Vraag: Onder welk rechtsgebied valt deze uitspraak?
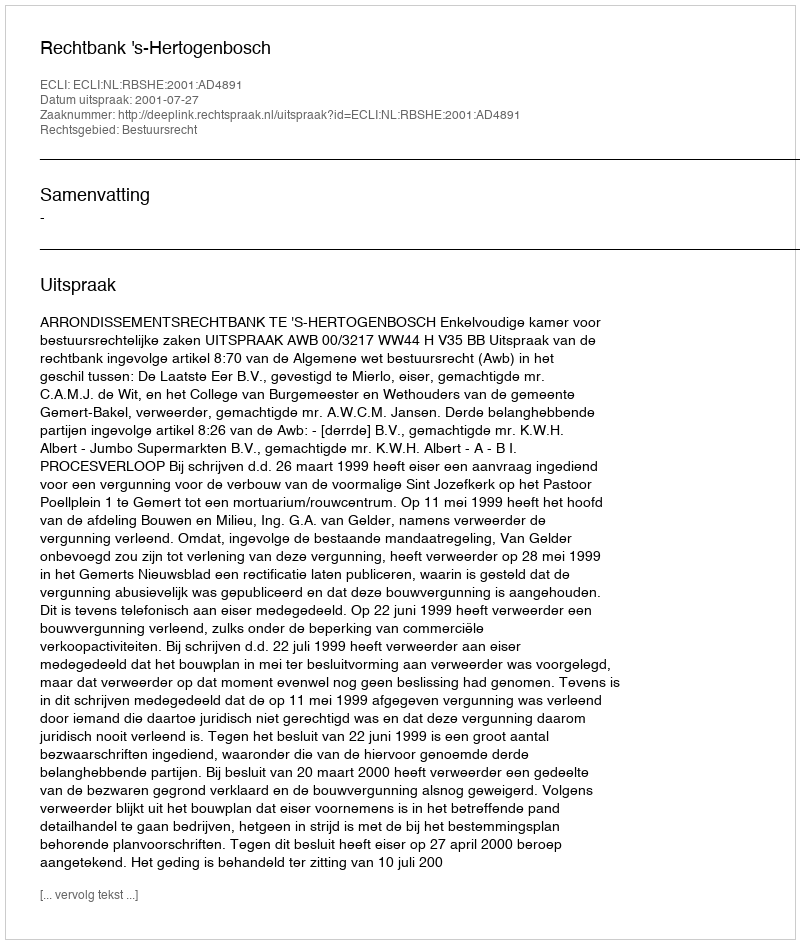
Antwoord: Bestuursrecht